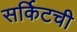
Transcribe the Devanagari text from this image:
सर्किटची